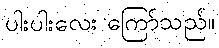
ပါးပါးလေး ကြော်သည်။